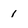
Character: 1